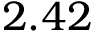
2 . 4 2